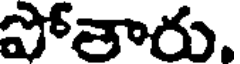
పోతారు.